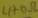
Text: 470Ω